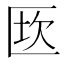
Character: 𠥈